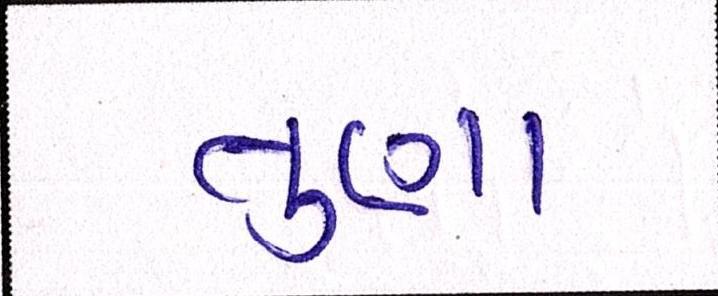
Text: તુણા